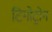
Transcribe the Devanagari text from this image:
टिगोट्रोन